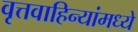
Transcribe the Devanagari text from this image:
वृत्तवाहिन्यांमध्ये